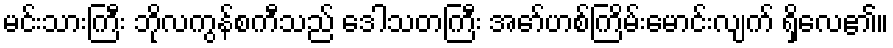
မင်းသားကြီး ဘိုလကွန်စကီသည် ဒေါသတကြီး အော်ဟစ်ကြိမ်းမောင်းလျက် ရှိလေ၏။